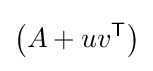
\left(A+uv^{\textsf {T}}\right)